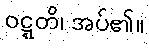
ဝဋ္ဋတိ၊ အပ်၏။